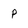
Character: p